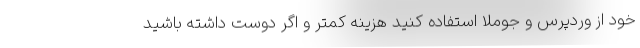
خود از وردپرس و جوملا استفاده کنید هزینه کمتر و اگر دوست داشته باشید